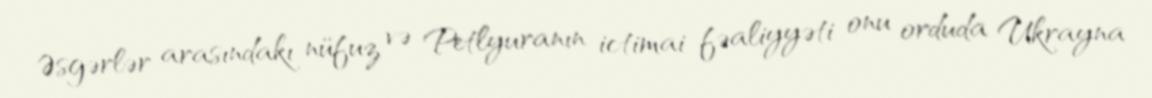
Əsgərlər arasındakı nüfuz və Petlyuranın ictimai fəaliyyəti onu orduda Ukrayna